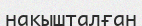
нақышталған